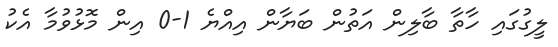
ލީގުގައި ހާތާ ބާލިން އަތުން ބަޔާން އިއްޔެ 1-0 އިން މޮޅުވުމާ އެކު